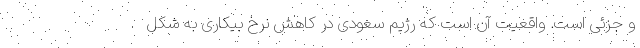
و جزئی است. واقعیت آن است که رژیم سعودی در کاهش نرخ بیکاری به شکل